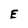
Character: E